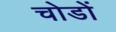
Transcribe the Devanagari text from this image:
चोडों